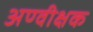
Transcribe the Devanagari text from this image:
अण्वीक्षक